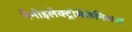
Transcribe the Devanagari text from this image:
नैनोइलेक्ट्रोमेकेनिकल